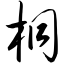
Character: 桐